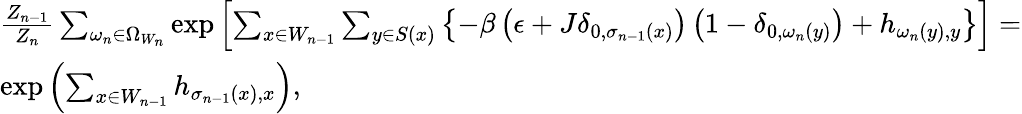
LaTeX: \begin{array}{ll}{\frac{Z_{n-1}}{Z_{n}}\sum_{\omega_{n}\in\Omega_{W_{n}}}\exp\left[\sum_{x\in W_{n-1}}\sum_{y\in S(x)}\left\{ -\beta\left(\epsilon+J\delta_{0,\sigma_{n-1}(x)}\right)\left(1-\delta_{0,\omega_{n}(y)}\right)+h_{\omega_{n}(y),y}\right\} \right]=}\\ {\exp\left(\sum_{x\in W_{n-1}}h_{\sigma_{n-1}(x),x}\right),}\end{array}